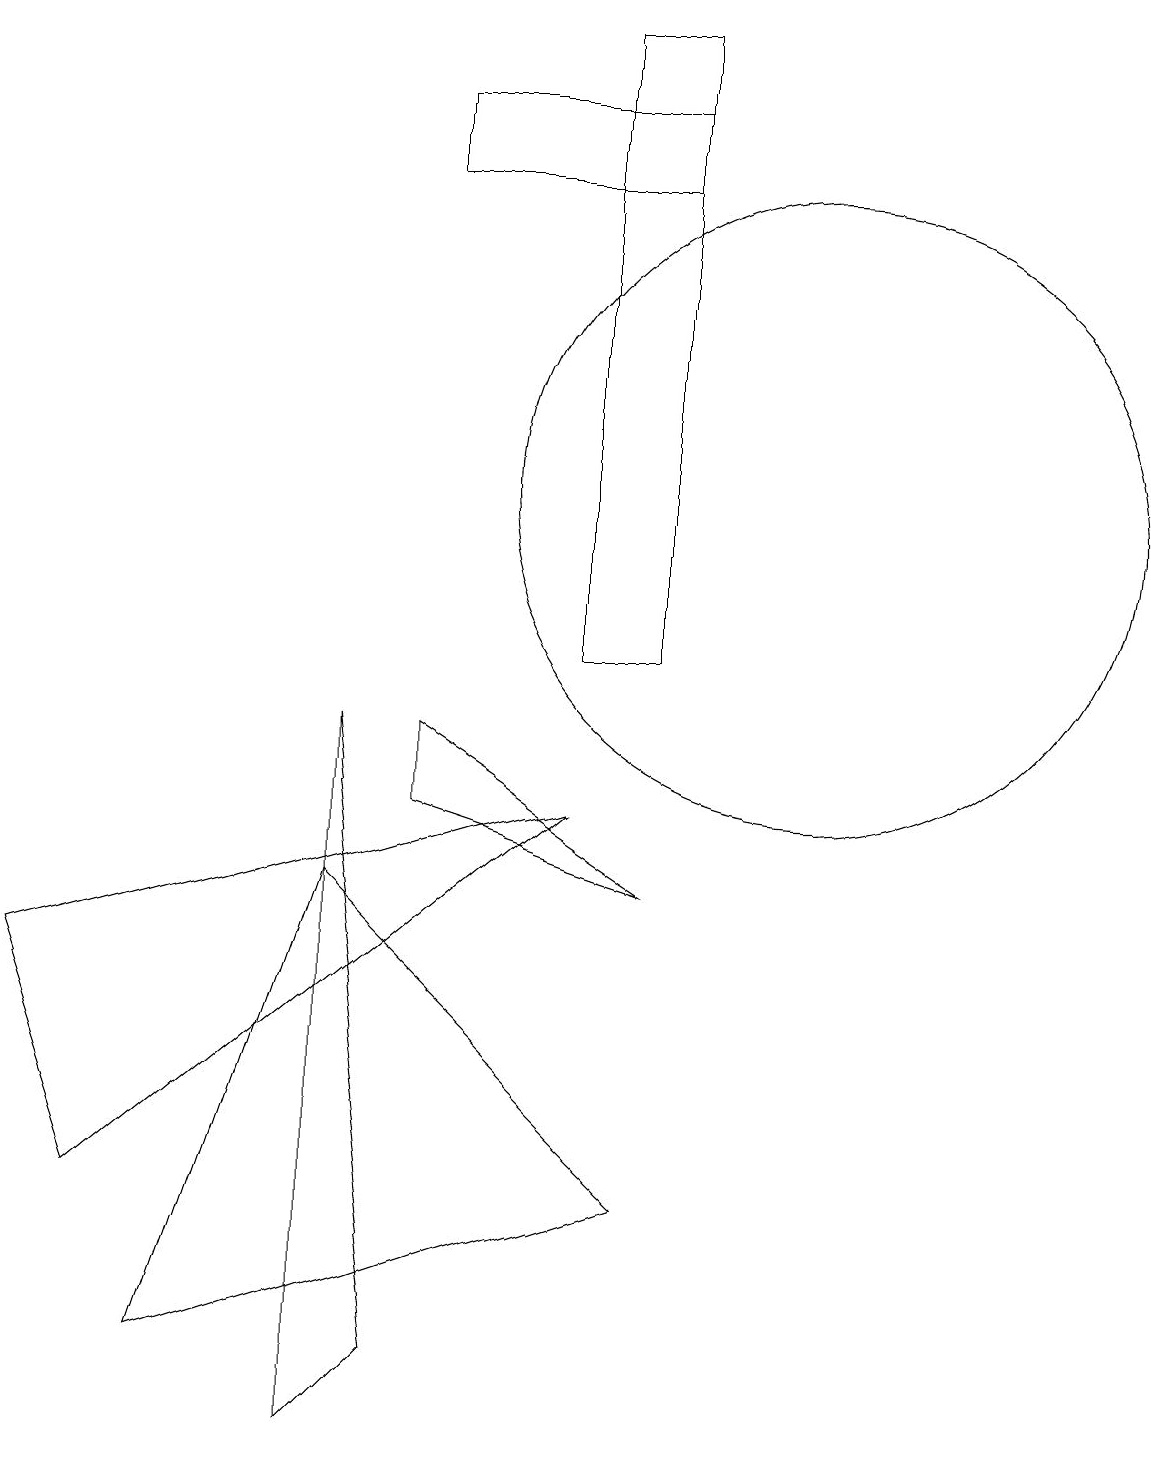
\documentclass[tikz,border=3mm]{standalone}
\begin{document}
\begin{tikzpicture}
\draw (11,10) circle (0);
\draw (7,18) rectangle (8,10);
\draw (4,0) -- (4,9) -- (5,1) -- cycle;
\draw (10,12) circle (4);
\draw (4,7) -- (8,3) -- (2,1) -- cycle;
\draw (8,7) -- (5,8) -- (5,9) -- cycle;
\draw (7,8) -- (0,6) -- (1,3) -- cycle;
\draw (8,16) rectangle (5,17);
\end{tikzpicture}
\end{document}